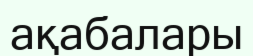
ақабалары